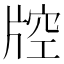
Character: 𤗇